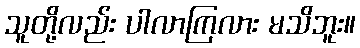
သူတို့လည်း ပါလာကြလား မသိဘူး။